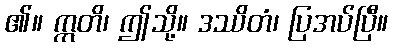
၏။ ဣတိ၊ ဤသို့။ ဒဿိတံ၊ ပြအပ်ပြီ။